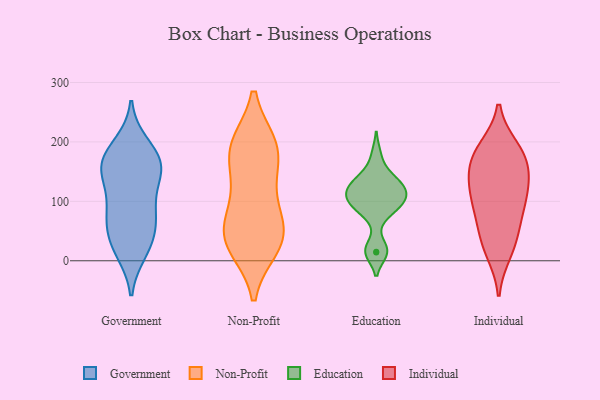
{"axis": {"x": "Conversion Rate (%)", "y": "Value"}, "legend": ["Education", "Government", "Individual", "Non-Profit"], "data": [{"x": "", "y": 175, "type": "Government"}, {"x": "", "y": 84, "type": "Government"}, {"x": "", "y": 45, "type": "Government"}, {"x": "", "y": 48, "type": "Government"}, {"x": "", "y": 140, "type": "Government"}, {"x": "", "y": 121, "type": "Government"}, {"x": "", "y": 152, "type": "Government"}, {"x": "", "y": 76, "type": "Government"}, {"x": "", "y": 84, "type": "Government"}, {"x": "", "y": 166, "type": "Government"}, {"x": "", "y": 30, "type": "Government"}, {"x": "", "y": 160, "type": "Government"}, {"x": "", "y": 149, "type": "Government"}, {"x": "", "y": 197, "type": "Government"}, {"x": "", "y": 14, "type": "Government"}, {"x": "", "y": 79, "type": "Government"}, {"x": "", "y": 160, "type": "Government"}, {"x": "", "y": 191, "type": "Government"}, {"x": "", "y": 14, "type": "Government"}, {"x": "", "y": 193, "type": "Non-Profit"}, {"x": "", "y": 39, "type": "Non-Profit"}, {"x": "", "y": 22, "type": "Non-Profit"}, {"x": "", "y": 157, "type": "Non-Profit"}, {"x": "", "y": 26, "type": "Non-Profit"}, {"x": "", "y": 56, "type": "Non-Profit"}, {"x": "", "y": 139, "type": "Non-Profit"}, {"x": "", "y": 26, "type": "Non-Profit"}, {"x": "", "y": 196, "type": "Non-Profit"}, {"x": "", "y": 196, "type": "Non-Profit"}, {"x": "", "y": 195, "type": "Non-Profit"}, {"x": "", "y": 108, "type": "Non-Profit"}, {"x": "", "y": 59, "type": "Non-Profit"}, {"x": "", "y": 74, "type": "Non-Profit"}, {"x": "", "y": 94, "type": "Education"}, {"x": "", "y": 119, "type": "Education"}, {"x": "", "y": 124, "type": "Education"}, {"x": "", "y": 142, "type": "Education"}, {"x": "", "y": 14, "type": "Education"}, {"x": "", "y": 90, "type": "Education"}, {"x": "", "y": 109, "type": "Education"}, {"x": "", "y": 20, "type": "Education"}, {"x": "", "y": 15, "type": "Education"}, {"x": "", "y": 178, "type": "Education"}, {"x": "", "y": 131, "type": "Education"}, {"x": "", "y": 139, "type": "Education"}, {"x": "", "y": 78, "type": "Education"}, {"x": "", "y": 108, "type": "Education"}, {"x": "", "y": 113, "type": "Education"}, {"x": "", "y": 94, "type": "Education"}, {"x": "", "y": 56, "type": "Individual"}, {"x": "", "y": 146, "type": "Individual"}, {"x": "", "y": 145, "type": "Individual"}, {"x": "", "y": 140, "type": "Individual"}, {"x": "", "y": 177, "type": "Individual"}, {"x": "", "y": 14, "type": "Individual"}, {"x": "", "y": 104, "type": "Individual"}, {"x": "", "y": 47, "type": "Individual"}, {"x": "", "y": 22, "type": "Individual"}, {"x": "", "y": 190, "type": "Individual"}, {"x": "", "y": 172, "type": "Individual"}, {"x": "", "y": 189, "type": "Individual"}, {"x": "", "y": 114, "type": "Individual"}, {"x": "", "y": 93, "type": "Individual"}, {"x": "", "y": 93, "type": "Individual"}]}